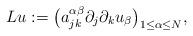
LaTeX: \begin{align*}Lu := \big(a_{jk}^{\alpha\beta}\partial_j\partial_k u_\beta \big)_{1 \leq \alpha \leq N}, \end{align*}